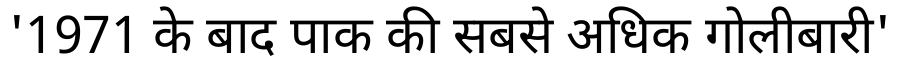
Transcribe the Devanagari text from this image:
'1971 के बाद पाक की सबसे अधिक गोलीबारी'